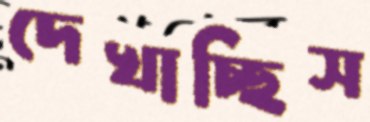
দেখাচ্ছিস